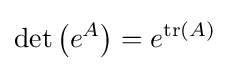
\det \left(e^{A}\right)=e^{\operatorname {tr} (A)}~